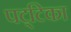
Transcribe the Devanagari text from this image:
पट्‌टिका